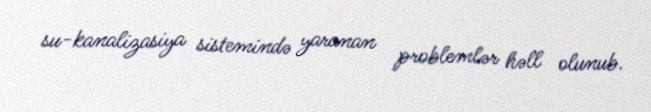
su-kanalizasiya sistemində yaranan problemlər həll olunub.